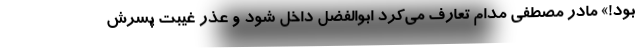
بود!» مادر مصطفی مدام تعارف می‌کرد ابوالفضل داخل شود و عذر غیبت پسرش